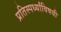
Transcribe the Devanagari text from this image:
प्रतिस्पर्ध्यांविषयी